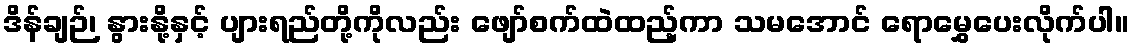
ဒိန်ချဉ်၊ နွားနို့နှင့် ပျားရည်တို့ကိုလည်း ဖျော်စက်ထဲထည့်ကာ သမအောင် ရောမွှေပေးလိုက်ပါ။